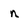
Character: n